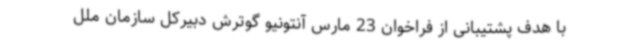
با هدف پشتیبانی از فراخوان 23 مارس آنتونیو گوترش دبیرکل سازمان ملل